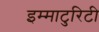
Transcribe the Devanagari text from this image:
इम्माटुरिटी